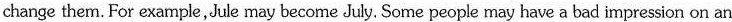
change them. For example,Jule may become July. Some people may have a bad impression on an